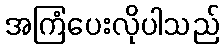
အကြံပေးလိုပါသည်